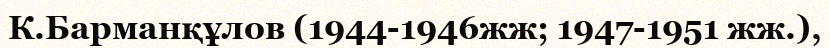
К.Барманқұлов (1944-1946жж; 1947-1951 жж.),